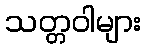
သတ္တဝါများ